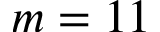
m = 1 1